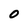
Character: 0